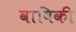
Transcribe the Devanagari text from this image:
वाषिकी